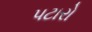
પટારો